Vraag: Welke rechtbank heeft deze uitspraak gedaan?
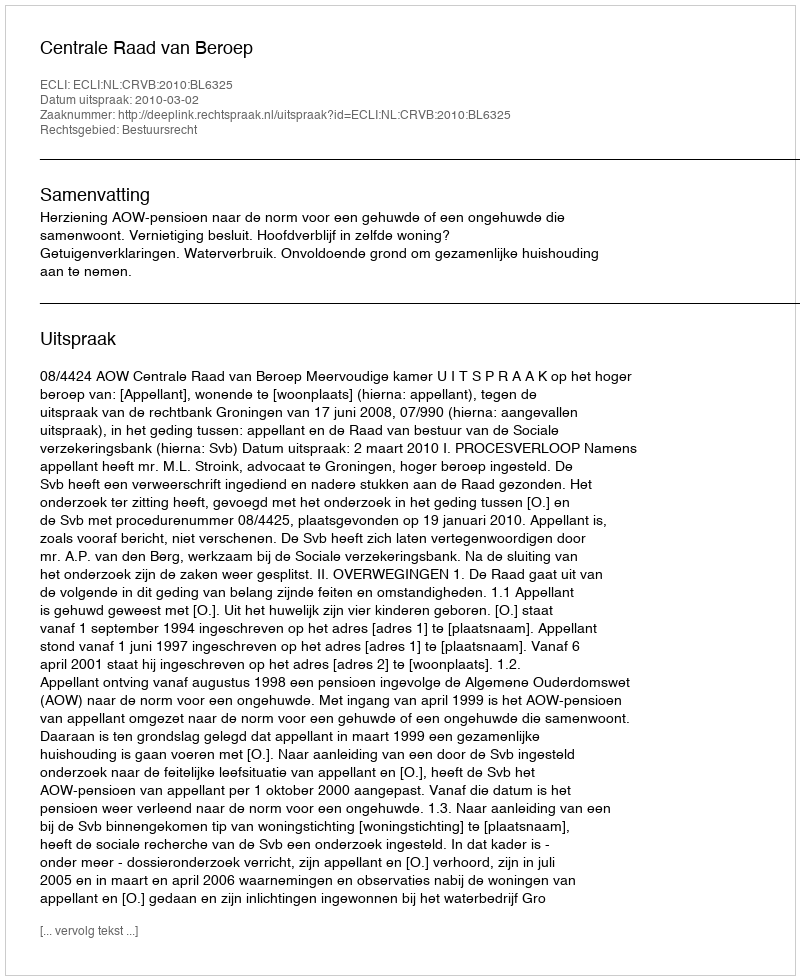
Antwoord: Centrale Raad van Beroep